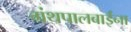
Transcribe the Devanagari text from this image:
ग्रंथपालबाईंना